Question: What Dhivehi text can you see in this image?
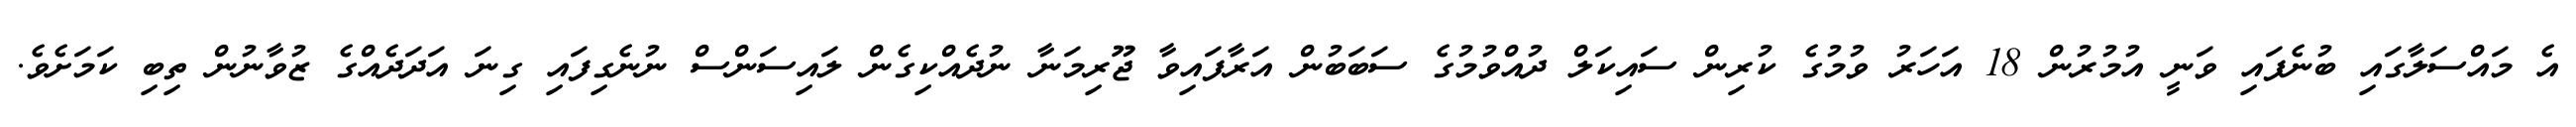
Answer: އެ މައްސަލާގައި ބުނެފައި ވަނީ އުމުރުން 18 އަހަރު ވުމުގެ ކުރިން ސައިކަލް ދުއްވުމުގެ ސަބަބުން އަރާފައިވާ ޖޫރިމަނާ ނުދެއްކިގެން ލައިސަންސް ނުނެގިފައި ގިނަ އަދަދެއްގެ ޒުވާނުން ތިބި ކަމަށެވެ.